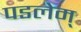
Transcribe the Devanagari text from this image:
पडलेम्